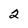
Character: 2